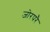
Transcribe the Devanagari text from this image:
जोरपरै